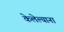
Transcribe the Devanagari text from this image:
केलेल्याना